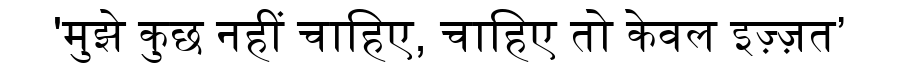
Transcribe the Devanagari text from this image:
'मुझे कुछ नहीं चाहिए, चाहिए तो केवल इज़्ज़त’